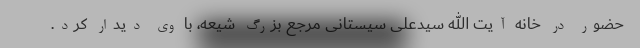
حضور در خانه آیت الله سیدعلی سیستانی مرجع بزرگ شیعه، با وی دیدار کرد.